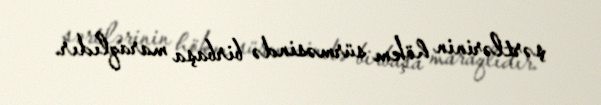
şərtlərinin hökm sürməsində birbaşa maraqlıdır.